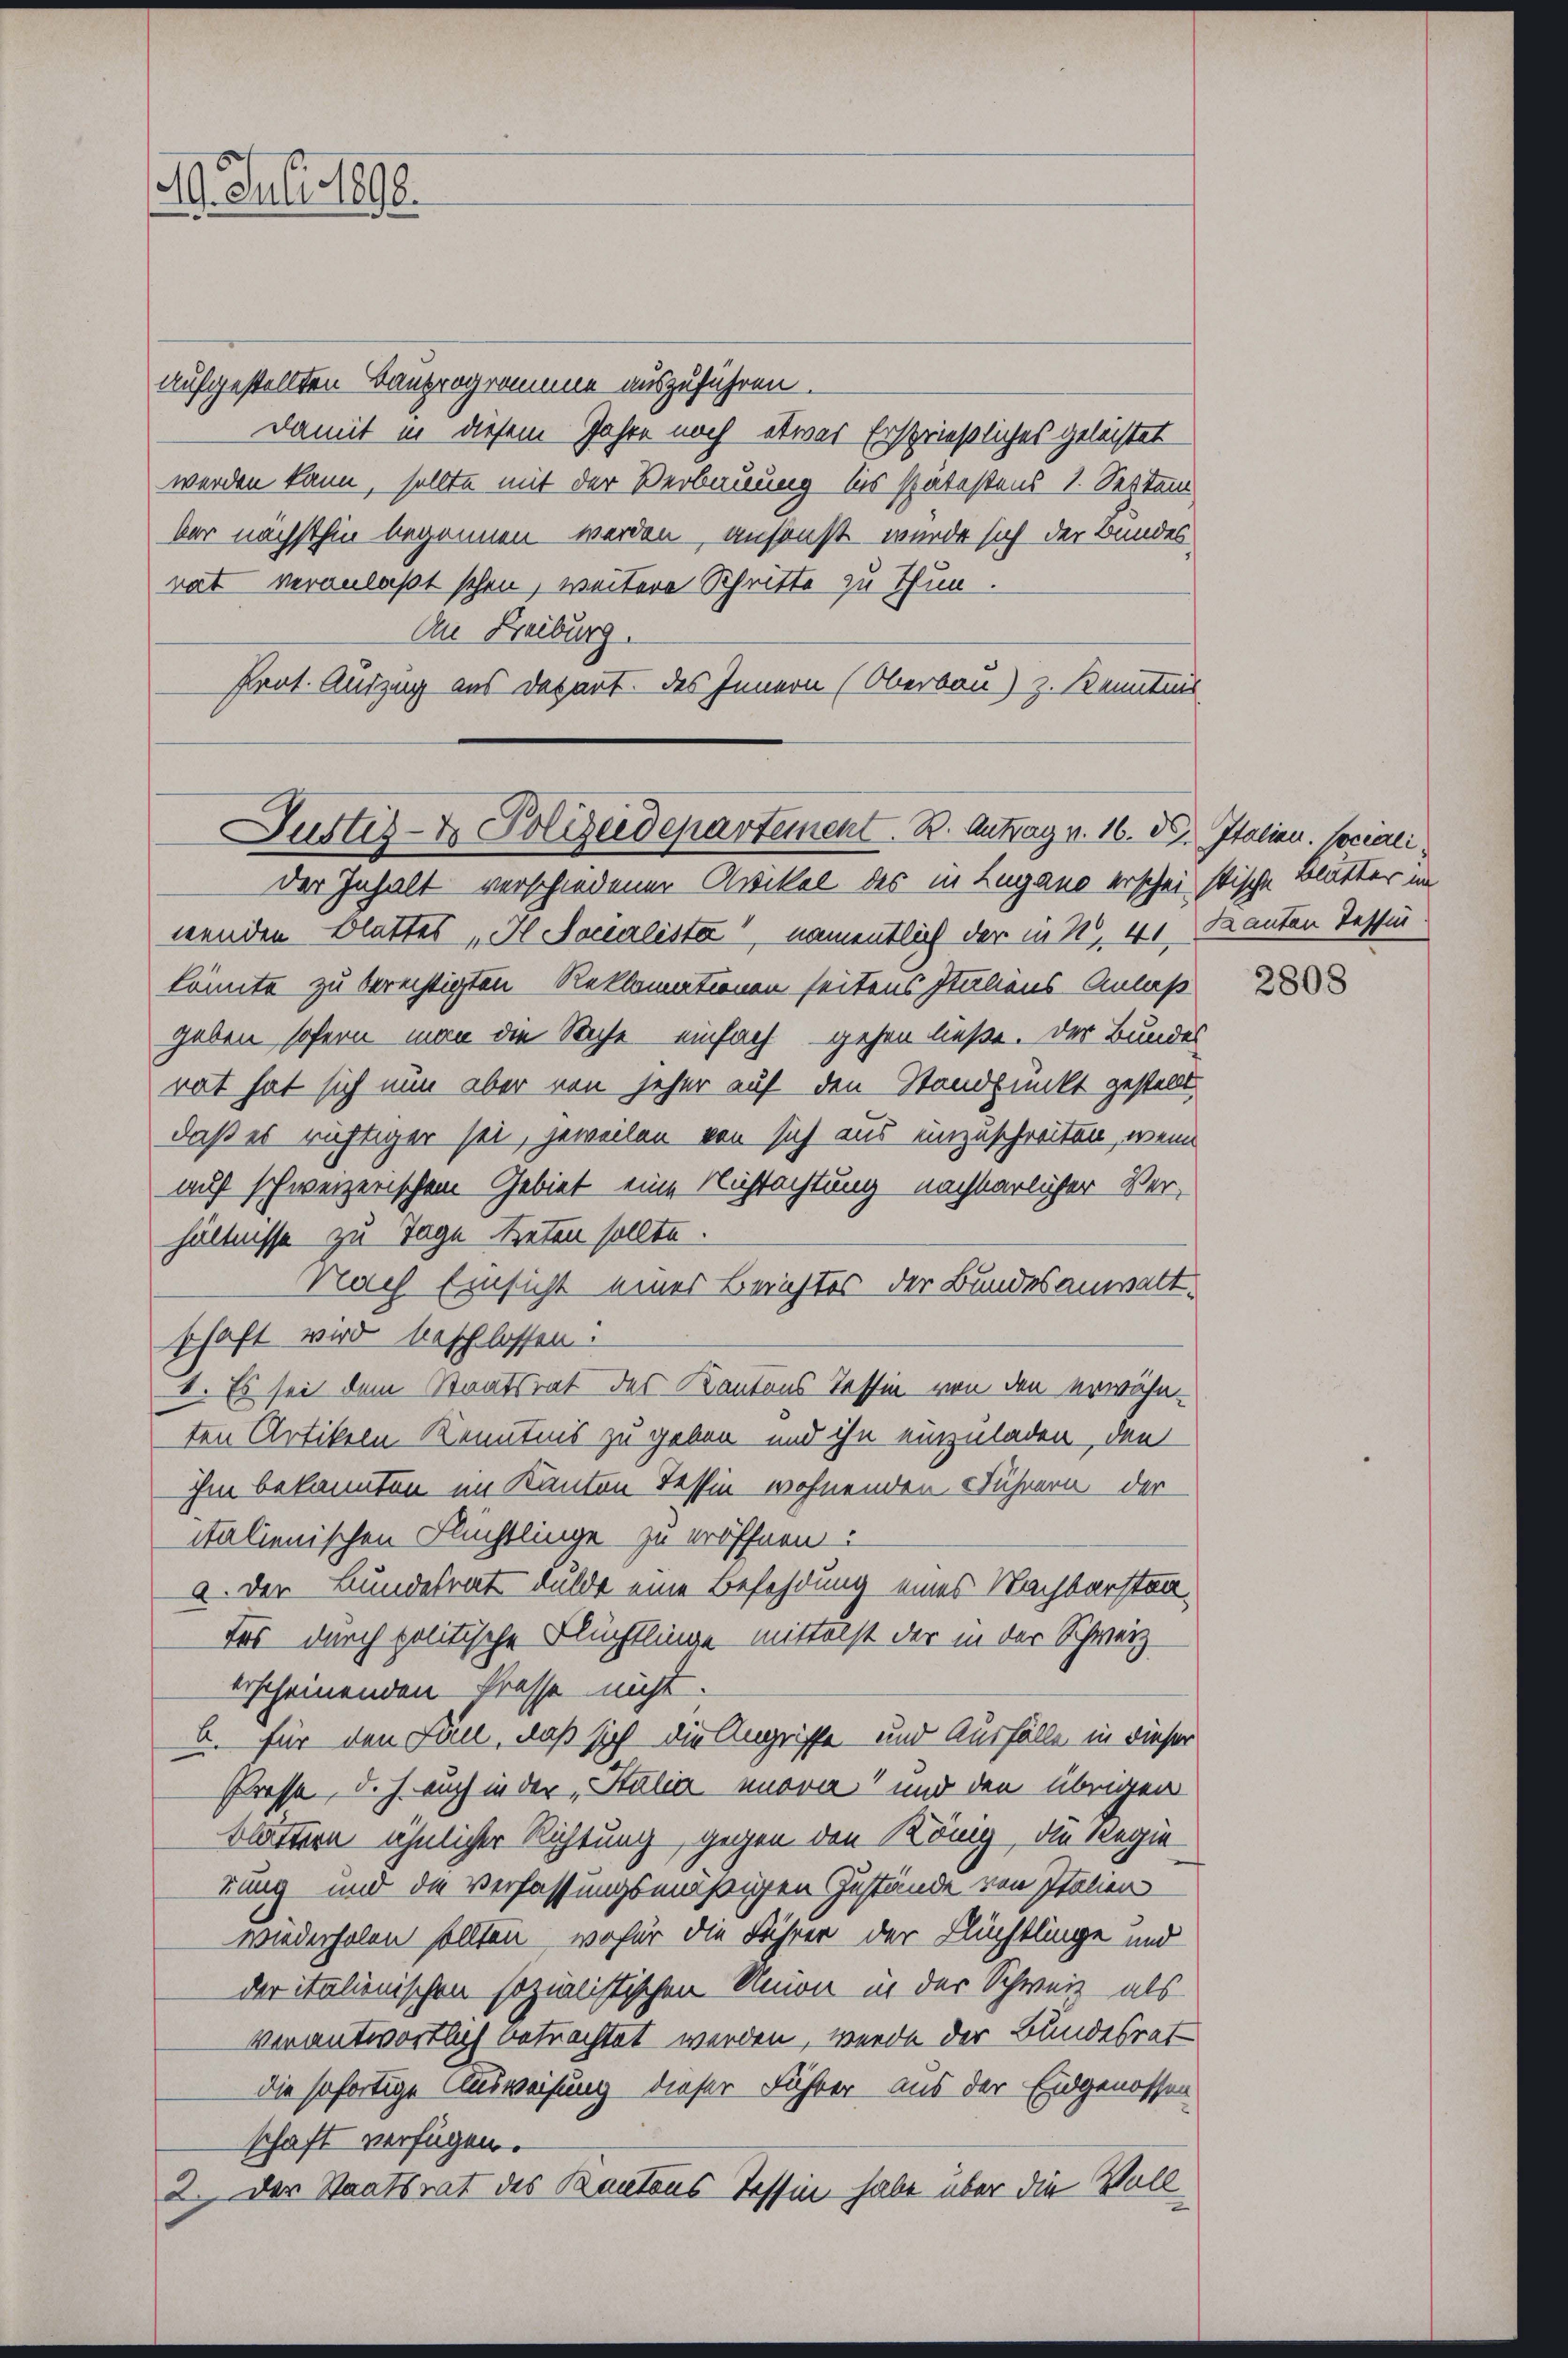
29. Juli 1890.

aufgestellten Bauprogramme auszuführen.
Damit in diesem Jahre noch etwas Ersprießliches geleistet
werden kann, sollte mit der Verbauung bis spätestens 1. Septem
ber nächsthin begonnen werden, ansonst wurde sich der Bundes
rat veranlaßt schon, weitere Schritte zu Thun.
An Leiburg.
Pent. Auszug aus Depart. des Innern (Oberbau) z. Kenntnis

Justiz- & Polizeidepartement. B. Antrag v. 16. d. Italien. Sociali

der Inhalt verschiedener Artikel des in Lugano erschein stische Butter im
wenden Blattes „I Socialister, namentlich der in 2, 41, Kanton Tessin
könnte zu berechtigten Reklamationen seitens Italiens- Anlaß
geben sofern man die Sache einfach gehen ließe. Der Bundes
rat hat sich nun aber von jeher auf den Standpunkt gestellt.
daß es richtiger sei, jeweilen von sich aus einzuschreiten, wenn
auf schweizerischem Gebiet eine Nichtachtung nachbarlicher Ver-
hältnisse zu Tage treten sollte.
Nach Einsicht einer Berichtes der Bundesanwaltschaft wird beschlossen:
I. Es sei dem Staatsrat des Kantons Tessin von den erwähn-
ten Artikeln Kenntnis zu geben und ihn einzuladen, den
ihm bekannten im Kanton Tessin wohnenden Führern der
italienischen Flüchtlinge zu eröffnen:
a. Der Bundesrat dulde eine Befehdung eines Nachbarstentos durch politische Flüchtlinge mittelst der in der Schweiz
erscheinenden Prasse nicht.
B. für den Fan, daß sich die Angriffe und Ausfälle in dieser
Prosse, d. J. auch in der „Stalia unora und den übrigen
blättern ähnlicher Richtung, gegen den König, die Regie
rung und die Verfassungsmäßigen Zustände von Italien
wiederholen sollten, wofür die Führer der Flüchtlinge und
der italienischen sozialistischen Union in der Schweiz, als
verantwortlich betrachtet werden, werde der Bundesrat
die sofortige Ausweisung dieser Führer aus der Eidgenossen
schaft verfügen.
2. Der Staatsrat des Kantons Tessin habe über die Voll

2808